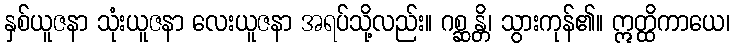
နှစ်ယူဇနာ သုံးယူဇနာ လေးယူဇနာ အရပ်သို့လည်း။ ဂစ္ဆန္တိ၊ သွားကုန်၏။ ဣတ္ထိကာယေ၊